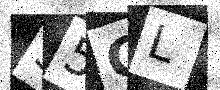
Text: S5CL